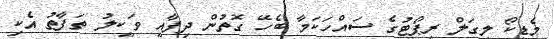
މެޑިކޯ ލީގަލް ރިޕޯޓުގެ ސައްހަކަމާ ބެހޭ ގޮތުން ދިފާއީ ވަކީލު ތަފާތު އެކި